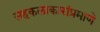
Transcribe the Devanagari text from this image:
सहकलाकारांप्रमाणे